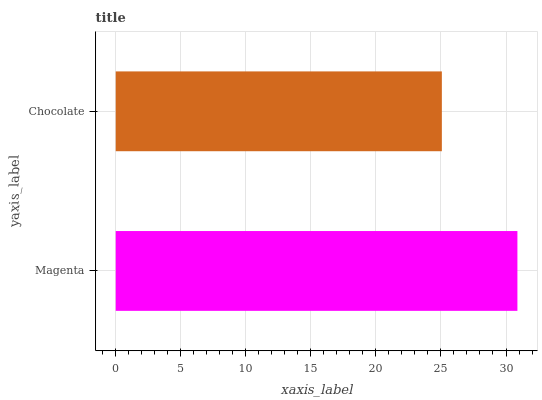
| yaxis_label | bars |
 | --- | --- |
 | Magenta | 30.9 |
 | Chocolate | 25.1 |